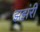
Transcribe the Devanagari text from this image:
झझंरी